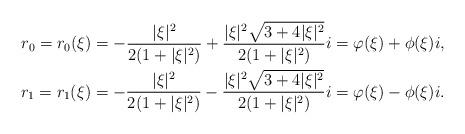
LaTeX: \begin{align*}r_0=r_0(\xi)=-\frac{|\xi|^2}{2(1+|\xi|^2)}+\frac{|\xi|^2 \sqrt{3+4|\xi|^2}}{2(1+|\xi|^2)}i=\varphi(\xi)+\phi(\xi)i,\\r_1=r_1(\xi)=-\frac{|\xi|^2}{2(1+|\xi|^2)}-\frac{|\xi|^2 \sqrt{3+4|\xi|^2}}{2(1+|\xi|^2)}i=\varphi(\xi)-\phi(\xi)i.\end{align*}